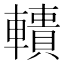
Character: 𨎾